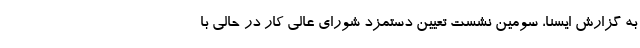
به گزارش ایسنا، سومین نشست تعیین دستمزد شورای عالی کار در حالی با